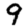
Digit: 9